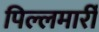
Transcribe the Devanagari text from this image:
पिल्‍लमार्री